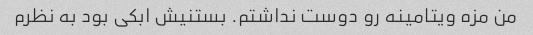
من مزه ویتامینه رو دوست نداشتم. بستنیش ابکی بود به نظرم